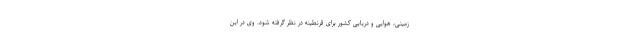
زمینی، هوایی و دریایی کشور برای قرنطینه در نظر گرفته شود. وی در این